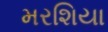
મરશિયા